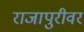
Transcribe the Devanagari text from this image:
राजापुरीवर